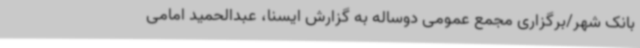
بانک شهر/برگزاری مجمع عمومی دوساله به گزارش ایسنا، عبدالحمید امامی